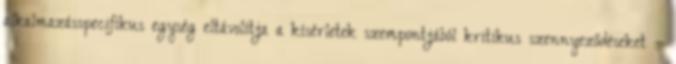
alkalmazásspecifikus egység eltávolítja a kísérletek szempontjából kritikus szennyeződéseket –